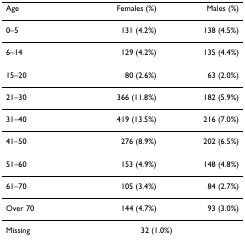
| Age | Females (%) | Males (%) |
 | --- | --- | --- |
 | 0–5 | 131 (4.2%) | 138 (4.5%) |
 | 6–14 | 129 (4.2%) | 135 (4.4%) |
 | 15–20 | 80 (2.6%) | 63 (2.0%) |
 | 21–30 | 366 (11.8%) | 182 (5.9%) |
 | 31–40 | 419 (13.5%) | 216 (7.0%) |
 | 41–50 | 276 (8.9%) | 202 (6.5%) |
 | 51–60 | 153 (4.9%) | 148 (4.8%) |
 | 61–70 | 105 (3.4%) | 84 (2.7%) |
 | Over 70 | 144 (4.7%) | 93 (3.0%) |
 | Missing | <COLSPAN=2> 32 (1.0%) |